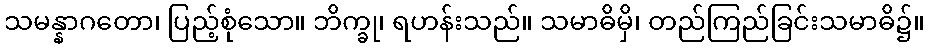
သမန္နာဂတော၊ ပြည့်စုံသော။ ဘိက္ခု၊ ရဟန်းသည်။ သမာဓိမှိ၊ တည်ကြည်ခြင်းသမာဓိ၌။